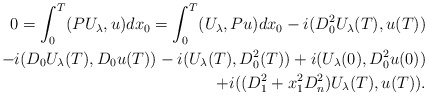
\begin{align*}0=\int_0^T(PU_{\lambda},u)dx_0=\int_0^T(U_{\lambda},Pu)dx_0-i(D_0^2U_{\lambda}(T),u(T))\\-i(D_0U_{\lambda}(T), D_0u(T))-i(U_{\lambda}(T),D_0^2(T))+i(U_{\lambda}(0),D_0^2u(0))\\+i((D_1^2+x_1^2D_n^2)U_{\lambda}(T),u(T)).\end{align*}